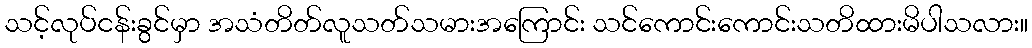
သင့်လုပ်ငန်းခွင်မှာ အသံတိတ်လူသတ်သမားအကြောင်း သင်ကောင်းကောင်းသတိထားမိပါသလား။